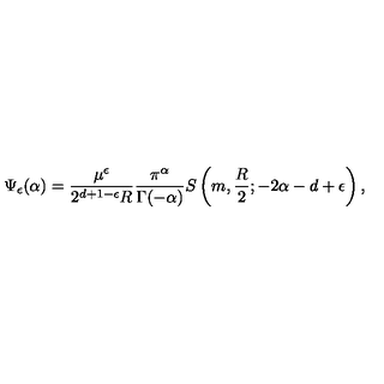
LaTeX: \Psi _ { \epsilon } ( \alpha ) = \frac { \mu ^ { \epsilon } } { 2 ^ { d + 1 - \epsilon } R } \frac { \pi ^ { \alpha } } { \Gamma ( - \alpha ) } S \left( m , \frac { R } { 2 } ; - 2 \alpha - d + \epsilon \right) ,